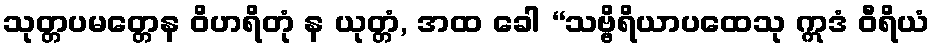
သုတ္တပမတ္တေန ဝိဟရိတုံ န ယုတ္တံ, အထ ခေါ “သဗ္ဗိရိယာပထေသု ဣဒံ ဝီရိယံ